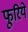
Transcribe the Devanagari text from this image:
फूरिये